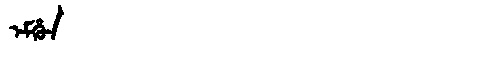
Manchu: ᡝᠮᡥᡠᠨ
Romanization: EMHUN